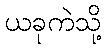
ယခုကဲသို့